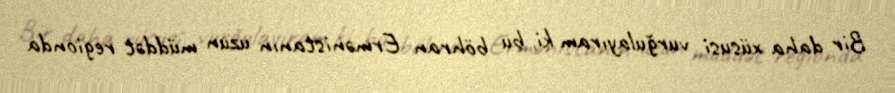
Bir daha xüsusi vurğulayıram ki, bu böhran Ermənistanın uzun müddət regionda